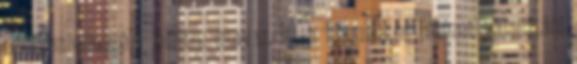
esélyes ellenzéki jelöltre szavaz. Itt a Republikon Intézet választási